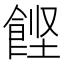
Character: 𲋙